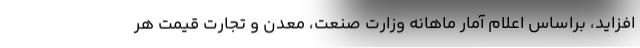
افزاید، براساس اعلام آمار ماهانه وزارت صنعت، معدن و تجارت قیمت هر